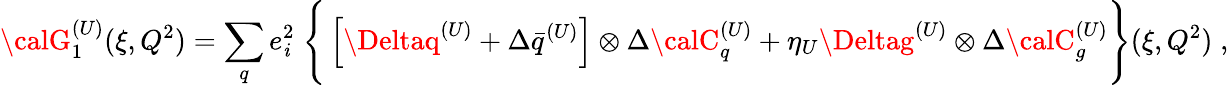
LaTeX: {\calG}_{1}^{(U)}(\xi,Q^{2})=\sum_{q}e_{\mathit{i}}^{2}\; \Bigg\{ \left[\Deltaq^{(U)}+\Delta\bar{{q}}^{(U)}\right]\otimes\Delta{\calC}_{q}^{(U)}+\eta_{U}\Deltag^{(U)}\otimes\Delta{\calC}_{g}^{(U)}\Bigg\} (\xi,Q^{2})\; ,